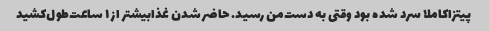
پیتزا‌کاملا سرد شده بود وقتی‌ به دست‌من رسید. حاضر شدن غذابیشتر از ۱ ساعت‌طول‌کشید